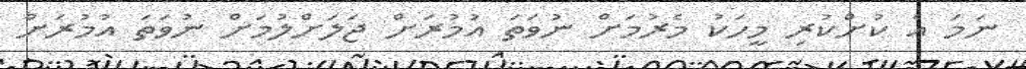
ނަމަ އެ ކުށްކުރި މީހަކު މެރުމަށް ނުވަތަ އުމުރަށް ޖަލަށްލުމަށް ނުވަތަ އުމުރަށް